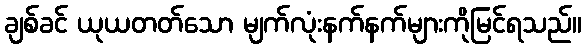
ချစ်ခင် ယုယတတ်သော မျက်လုံးနက်နက်များကိုမြင်ရသည်။